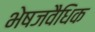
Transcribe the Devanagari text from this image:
भेषजवैधिक